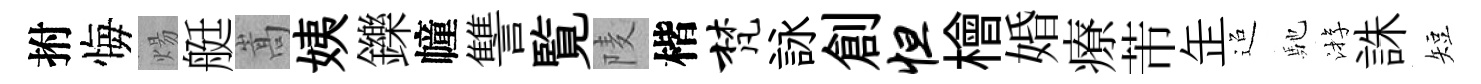
拊悔煬艇嵩姨鑠幢讐覧𨹧楷梵詠創怛檜婚療芾𦈢迢馳㳺誅短